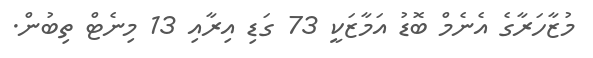
މުޒާހަރާގެ އެނެމް ބޮޑު އަމާޒަކީ 73 ގަޑި އިރާއި 13 މިނެޓް ތިބުން.